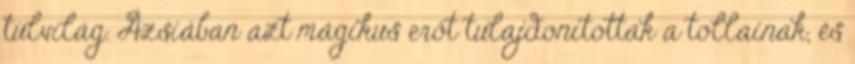
túlvilág. Ázsiában azt mágikus erőt tulajdonítottak a tollainak, és